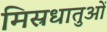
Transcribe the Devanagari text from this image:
मिस्रधातुओं